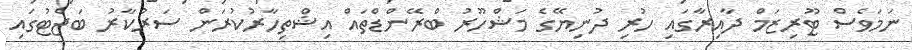
ނަމަވެސް ޓޫރިޒަމް ދާއިރާގައި ހުރި ދުނިޔޭގެ މަޝްހޫރު ބްރޭންޑްތައް އިޝްތިހާރުކުރަން ސަރުކާރު ބަޖެޓުގައި